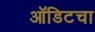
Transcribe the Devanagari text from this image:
ऑडिटचा